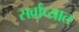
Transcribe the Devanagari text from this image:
सर्वांच्यात